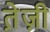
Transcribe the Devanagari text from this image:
ते़ज़ी